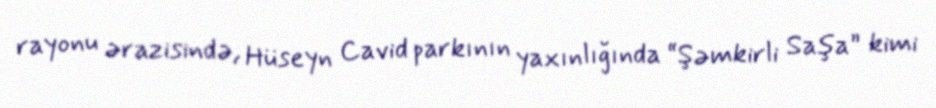
rayonu ərazisində, Hüseyn Cavid parkının yaxınlığında “Şəmkirli Saşa” kimi